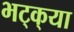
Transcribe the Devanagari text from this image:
भट्‌क्‌या